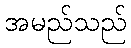
အမည်သည်